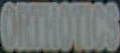
ORTHOTICS